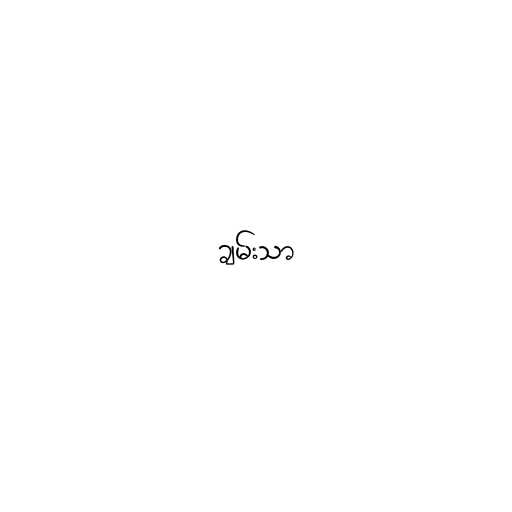
ချမ်းသာ